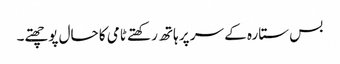
بس ستارہ کے سر پر ہاتھ رکھتے ٹامی کا حال پوچھتے۔